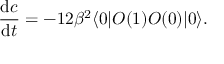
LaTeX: { \frac { \mathrm { d } c } { \mathrm { d } t } } = - 1 2 \beta ^ { 2 } \langle 0 | O ( 1 ) O ( 0 ) | 0 \rangle .